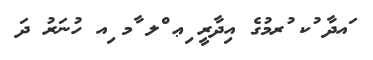
ައދާ ުކ ުރމުގެ އިދާރީ ިޢ ްލ ާމ ިއ ހުނަރު ދަ